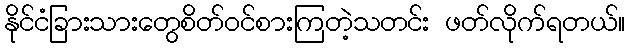
နိုင်ငံခြားသားတွေစိတ်ဝင်စားကြတဲ့သတင်း ဖတ်လိုက်ရတယ်။